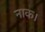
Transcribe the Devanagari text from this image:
नाक।